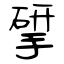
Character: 揅